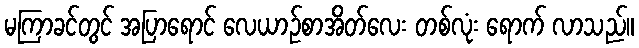
မကြာခင်တွင် အပြာရောင် လေယာဉ်စာအိတ်လေး တစ်လုံး ရောက် လာသည်။